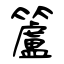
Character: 籚